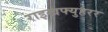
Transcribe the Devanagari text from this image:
राइखफ्युहरर